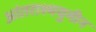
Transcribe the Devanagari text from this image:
आंतराश्मयुगीन